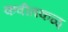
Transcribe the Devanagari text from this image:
कवीतकळ्